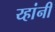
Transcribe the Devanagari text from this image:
य्हांनी